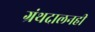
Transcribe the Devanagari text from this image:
ग्रंथदालनही